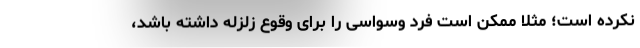
نکرده است؛ مثلا ممکن است فرد وسواسی را برای وقوع زلزله داشته باشد،